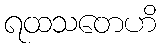
ရထသတေဟိ